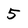
Character: 5